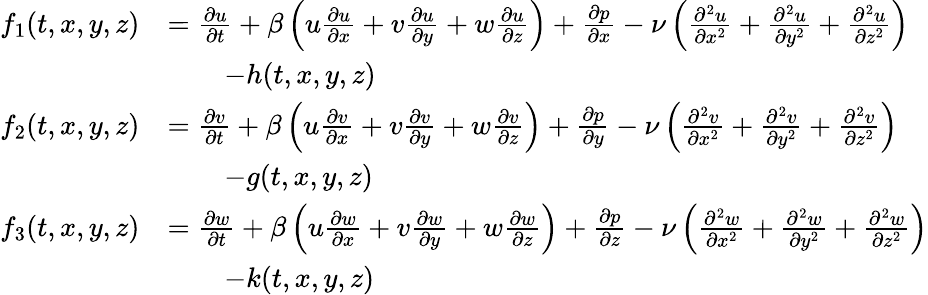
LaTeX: \begin{array}{rl}{f_{1}(t,x,y,z)}&{=\frac{\partial u}{\partial t}+\beta\left(u\frac{\partial u}{\partial x}+v\frac{\partial u}{\partial y}+w\frac{\partial u}{\partial z}\right)+\frac{\partial p}{\partial x}-\nu\left(\frac{\partial^{2}u}{\partial x^{2}}+\frac{\partial^{2}u}{\partial y^{2}}+\frac{\partial^{2}u}{\partial z^{2}}\right)}\\ &{\qquad-h(t,x,y,z)}\\ {f_{2}(t,x,y,z)}&{=\frac{\partial v}{\partial t}+\beta\left(u\frac{\partial v}{\partial x}+v\frac{\partial v}{\partial y}+w\frac{\partial v}{\partial z}\right)+\frac{\partial p}{\partial y}-\nu\left(\frac{\partial^{2}v}{\partial x^{2}}+\frac{\partial^{2}v}{\partial y^{2}}+\frac{\partial^{2}v}{\partial z^{2}}\right)}\\ &{\qquad-g(t,x,y,z)}\\ {f_{3}(t,x,y,z)}&{=\frac{\partial w}{\partial t}+\beta\left(u\frac{\partial w}{\partial x}+v\frac{\partial w}{\partial y}+w\frac{\partial w}{\partial z}\right)+\frac{\partial p}{\partial z}-\nu\left(\frac{\partial^{2}w}{\partial x^{2}}+\frac{\partial^{2}w}{\partial y^{2}}+\frac{\partial^{2}w}{\partial z^{2}}\right)}\\ &{\qquad-k(t,x,y,z)}\end{array}